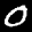
Label: 0